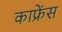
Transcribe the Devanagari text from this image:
काफ्रेंस